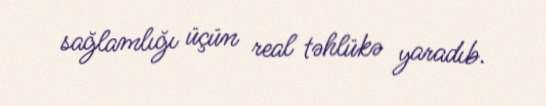
sağlamlığı üçün real təhlükə yaradıb.